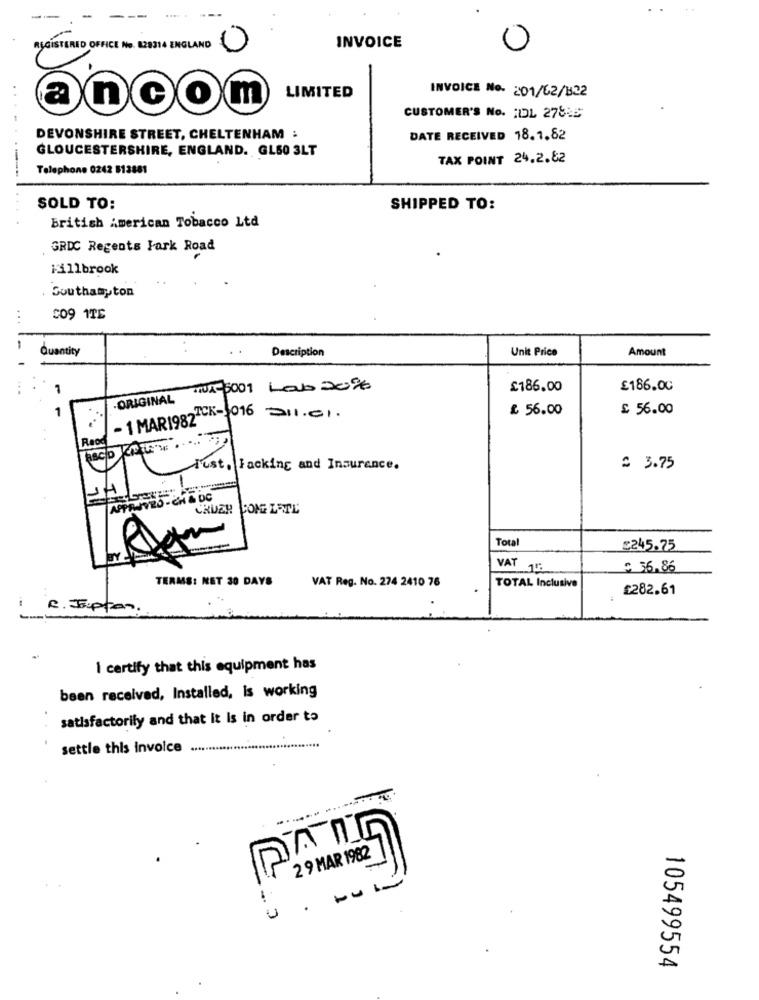
ISGISTERED OFFICE No. 828314 ENGLAND
0
INVOICE
0
LIMITED
INVOICE No. 201/62/322
....
CUSTOMER'S No. 1DL 278:5
DEVONSHIRE STREET, CHELTENHAM :
DATE RECEIVED 18.1.62
GLOUCESTERSHIRE, ENGLAND. GL50 3LT
TAX POINT 24.2.62
Telephone 0242 813881
...
SOLD TO:
SHIPPED TO:
British American Tobacco Ltd
GRDC Regents Park Road
Millbrook
Southampton
CO9 1TE
Quantity
Description
Unit Price
Amount
mx-5001 Lab 20%
£186.00
£186.00
ORIGINAL
- 1 MAR1982"CA- 016
£ 56.00
£ 56.00
211.01.
..
Raod
Just, Facking and Insurance.
= 3.75
-
AFPRANZO -CH & DC
Total
€245.75
VAT 14:
£ 36.86
TERMS: NET 30 DAYS
VAT Reg. No. 274 2410 76
TOTAL Inclusive
£282.61
R . J.p
I certify that this equipment has
been received, Installed, Is working
satisfactorily and that it Is in order to
settle this invoice
2 9 MAR 1982
U
105499554